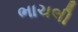
ભાચલી